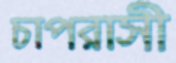
চাপরাসী